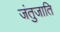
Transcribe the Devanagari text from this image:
जंतुजाति